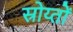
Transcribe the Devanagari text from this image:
स्रोय्तों